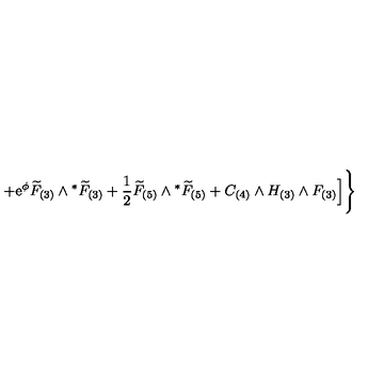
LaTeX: + \mathrm { e } ^ { \phi } { \widetilde { F } } _ { ( 3 ) } \wedge { } ^ { * } { \widetilde { F } } _ { ( 3 ) } + \frac { 1 } { 2 } { \widetilde { F } } _ { ( 5 ) } \wedge { } ^ { * } { \widetilde { F } } _ { ( 5 ) } + C _ { ( 4 ) } \wedge H _ { ( 3 ) } \wedge F _ { ( 3 ) } \Big ] \Bigg \}